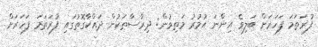
ފުރަތަމަ ފަހަރަށް ބަލިވެ އިންނަ އުމުރު މަތިވުން: ދިރާސާތަކުން ދައްކާގޮތުގައި ފުރަތަމަ ފަހަރަށް